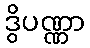
ဒွိပဏ္ဏာ